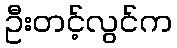
ဦးတင့်လွင်က